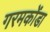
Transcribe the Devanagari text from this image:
गरमकोंडा